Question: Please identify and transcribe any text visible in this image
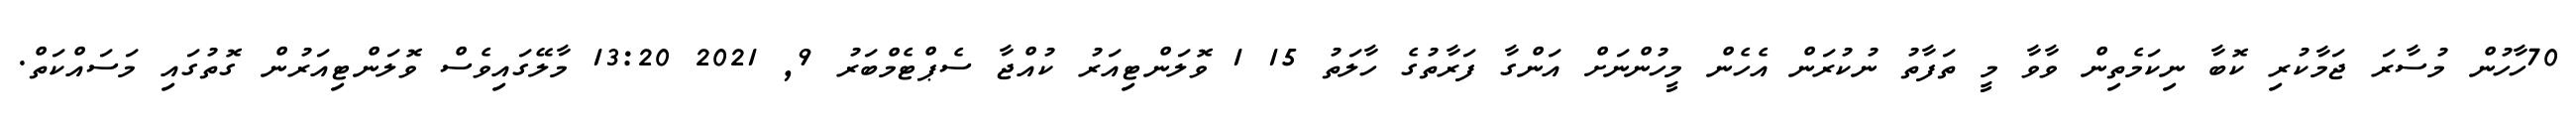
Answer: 70ހާހުން މުސާރަ ޖަމާކުރި ކޮބާ ނިކަމެތިން ވާވާ މީ ތަފާތު ނުކުރަން އެހެން މީހުންނަށް އަންގާ ފަރާތުގެ ހާލަތު 15 1 ވޮލަންޓިއަރު ކުއްޖާ ސެޕްޓެމްބަރު 9, 2021 13:20 މާލޭގައިވެސް ވޮލަންޓިއަރުން ގޮތުގައި މަސައްކަތް.